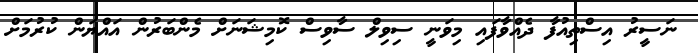
ނަސީރު އިސްތިއުފާ ދެއްވާފައި މިވަނީ ސިވިލް ސާވިސް ކޮމިޝަނަށް މެންބަރުން އައްޔަން ކުރުމަށް